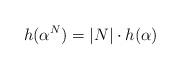
LaTeX: \begin{align*} h(\alpha^N) = |N|\cdot h(\alpha)\end{align*}